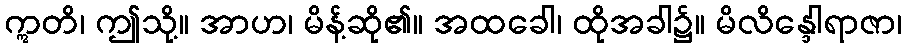
ဣတိ၊ ဤသို့။ အာဟ၊ မိန့်ဆို၏။ အထခေါ၊ ထိုအခါ၌။ မိလိန္ဒေါရာဇာ၊